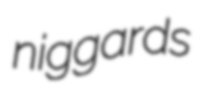
niggards